Annual report of the Prince of Wales Medical College, Patna
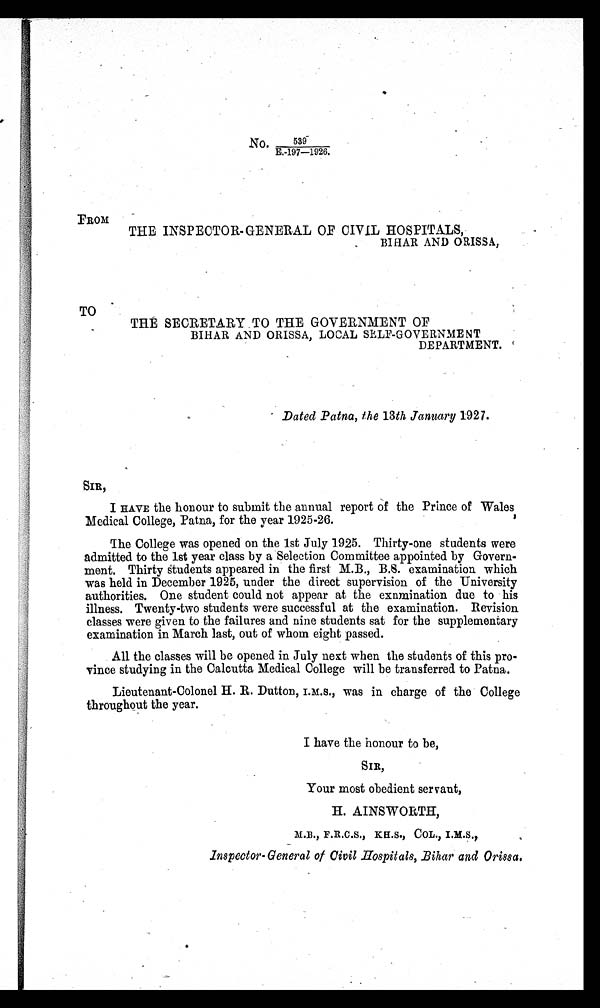
No.
539
E.-197—1926.
FROM
THE INSPECTOR-GENERAL OF CIVIL HOSPITALS,
BIHAR AND ORISSA,
TO
THE SECRETARY TO THE GOVERNMENT OF
BIHAR AND ORISSA, LOCAL SELF-GOVERNMENT
DEPARTMENT.
Dated Patna, the 13th January 1927.
SIR,
I HAVE the honour to submit the annual report of the Prince of Wales
Medical College, Patna, for the year 1925-26.
The College was opened on the 1st July 1925. Thirty-one students were
admitted to the 1st year class by a Selection Committee appointed by Govern-
ment. Thirty students appeared in the first M.B., B.S. examination which
was held in December 1925, under the direct supervision of the University
authorities. One student could not appear at the examination due to his
illness. Twenty-two students were successful at the examination. Revision
classes were given to the failures and nine students sat for the supplementary
examination in March last, out of whom eight passed.
All the classes will be opened in July next when the students of this pro-
vince studying in the Calcutta Medical College will be transferred to Patna.
Lieutenant-Colonel H. R. Dutton, I.M.S., was in charge of the College
throughout the year.
I have the honour to be,
SIR,
Your most obedient servant,
H. AINSWORTH,
M.B., F.R.C.S., K.H.S., COL., I.M.S.,
Inspector-General of Civil Hospitals, Bihar and Orissa.